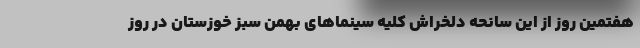
هفتمین روز از این سانحه دلخراش کلیه سینماهای بهمن سبز خوزستان در روز